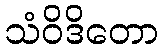
သံဝိဒိတော